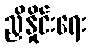
ညှိနှိုင်းရေး